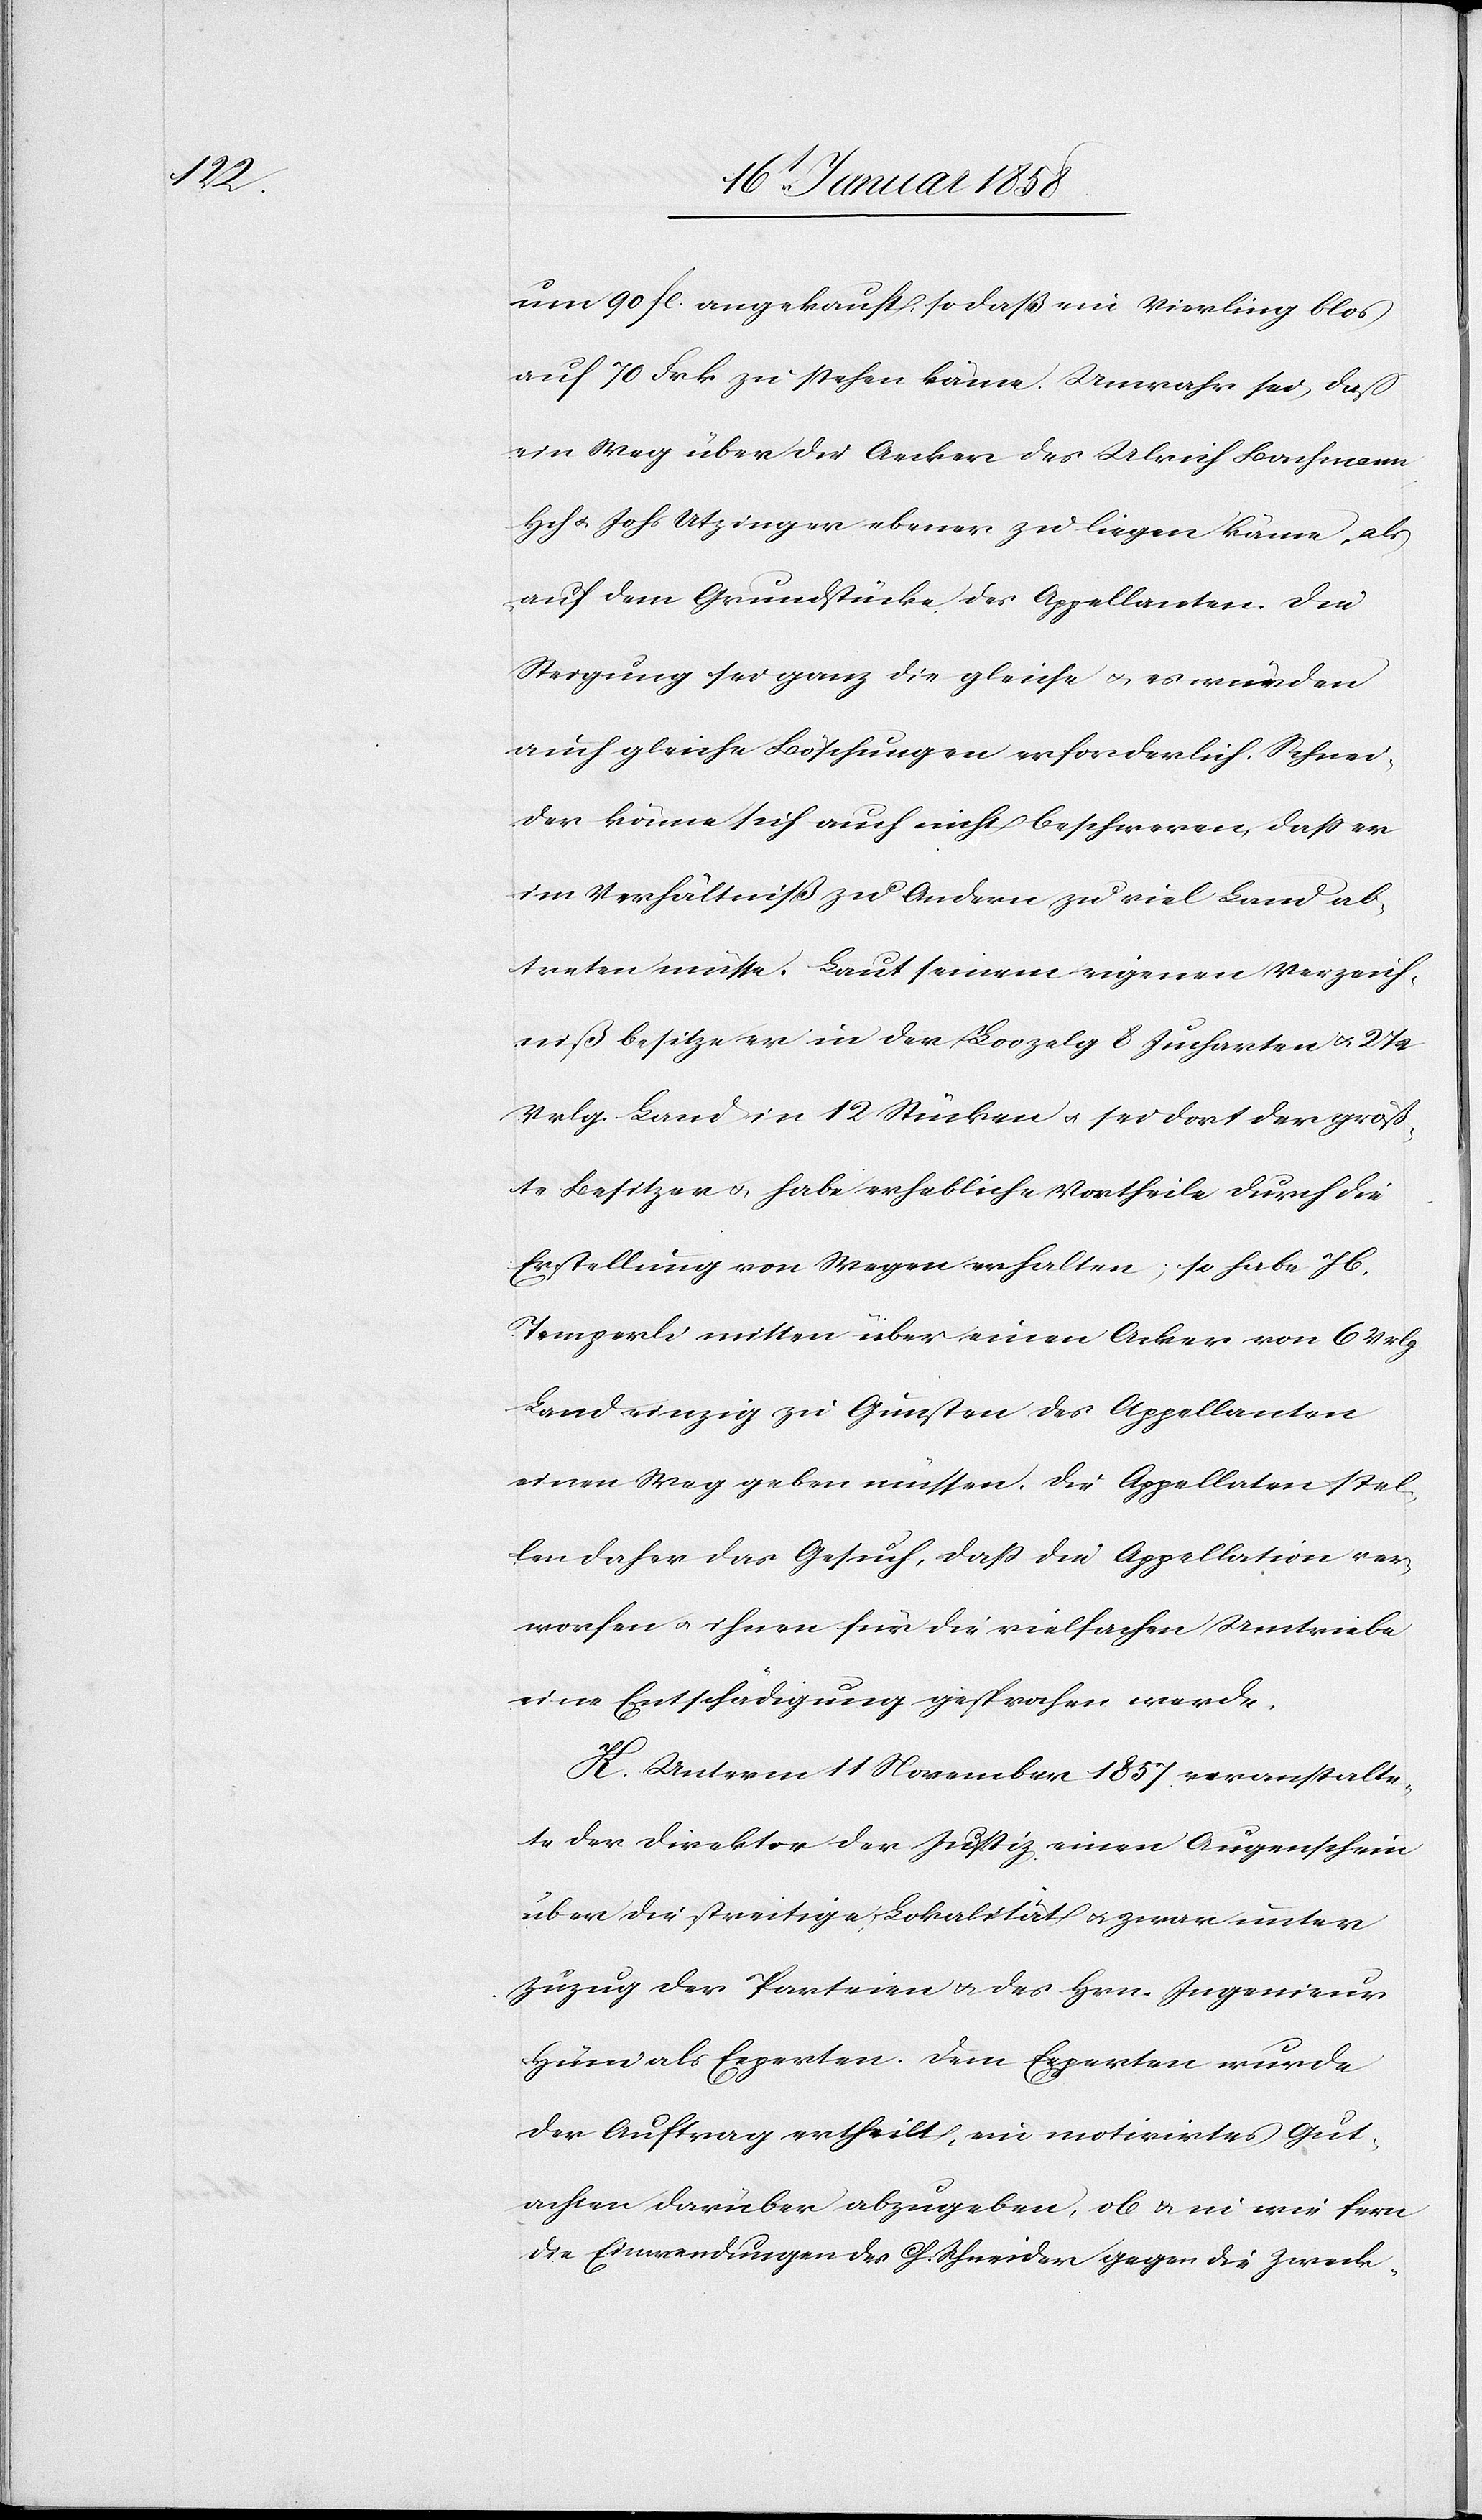
um 90 fc. angekauft, so daß ein Vierling blos
auf 70 Frk zu stehen käme. Unwahr sei, daß
ein Weg über die Aecker des Ulrich Bachmann,
Hch u. Johs Utzinger ebener zu liegen käme, als
auf dem Grundstücke des Appellanten. Die
Steigung sei ganz die gleiche u. es würden
auch gleiche Böschungen erforderlich. Schnei¬
der könne sich auch nicht beschweren, daß er
im Verhältniß zu Andern zu viel Land ab¬
treten müsse. Laut seinem eigenen Verzeich¬
niß besitze er in der Loozelg 8 Jucharten u. 2 ½
Vrlg. Land in 12 Stücken u. sei dort der größ¬
te Besitzer u. habe erhebliche Vortheile durch die
Erstellung von Wegen erhalten; so habe Jb.
Temperli mitten über einen Acker von 6 Vrlg
Land einzig zu Gunsten des Appellanten
einen Weg geben müssen. Die Appellaten stel¬
len daher das Gesuch, daß die Appellation ver¬
worfen u. ihnen für die vielfachen Umtriebe
eine Entschädigung gesprochen werde.
K. Unterm 11 November 1857 veranstalte¬
te der Direktor der Justiz einen Augenschein
über die streitige Lokalität u. zwar unter
Zuzug der Parteien u. des Hrn. Ingenieur
Hüni als Experten. Dem Experten wurde
der Auftrag ertheilt, ein motivirtes Gut¬
achten darüber abzugeben, ob u. in wie fern
die Einwendungen der Ch. Schneider gegen die Zweck-